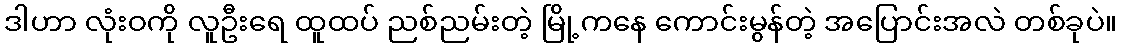
ဒါဟာ လုံးဝကို လူဦးရေ ထူထပ် ညစ်ညမ်းတဲ့ မြို့ကနေ ကောင်းမွန်တဲ့ အပြောင်းအလဲ တစ်ခုပဲ။